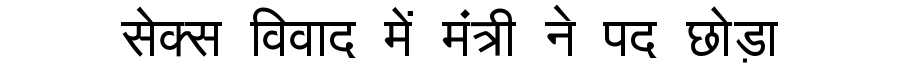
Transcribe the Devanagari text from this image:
सेक्स विवाद में मंत्री ने पद छोड़ा